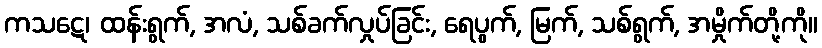
ကသဋေ၊ ထန်းရွက်, အလံ, သစ်ခက်လှုပ်ခြင်း, ရေပွက်, မြက်, သစ်ရွက်, အမှိုက်တို့ကို။